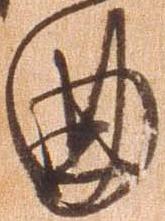
曲